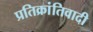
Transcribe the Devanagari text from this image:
प्रतिक्रांतिवादी